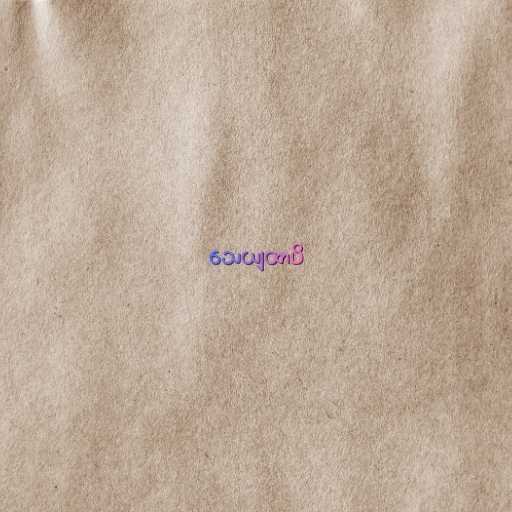
သေယျထာပိ